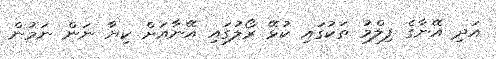
އަދި އޭނާގެ ފިލްމު ތަކުގައި ކުޅޭ ރޯލުގައި އޭނާއަށް ކިޔާ ނަން ނަމުން